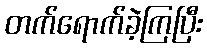
တက်ရောက်ခဲ့ကြပြီး